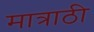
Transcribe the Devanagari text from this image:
मात्राठी